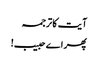
آیت کا ترجمہ
پھر اے حبیب!